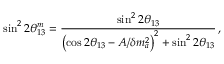
\sin ^ { 2 } 2 \theta _ { 1 3 } ^ { m } = { \frac { \sin ^ { 2 } 2 \theta _ { 1 3 } } { \left( \cos 2 \theta _ { 1 3 } - A / \delta m _ { a } ^ { 2 } \right) ^ { 2 } + \sin ^ { 2 } 2 \theta _ { 1 3 } } } \, ,